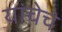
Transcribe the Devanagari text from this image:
यांचेचे